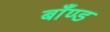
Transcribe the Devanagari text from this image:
बाँण्ड